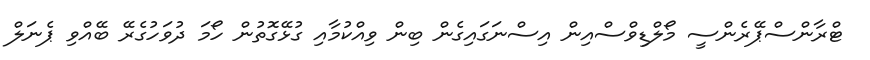
ޓްރާންސްޕޭރެންސީ މޯލްޑިވްސްއިން އިސްނަގައިގެން ބިން ވިއްކުމާއި ގުޅޭގޮތުން ހޯމަ ދުވަހުގެރޭ ބޭއްވި ޕެނަލް